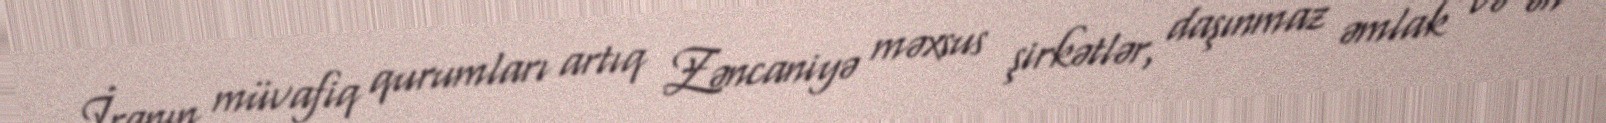
İranın müvafiq qurumları artıq Zəncaniyə məxsus şirkətlər, daşınmaz əmlak və ən